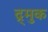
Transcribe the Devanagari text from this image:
द्र्मुक